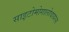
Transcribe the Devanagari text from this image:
साइटोमोगालोवायरस